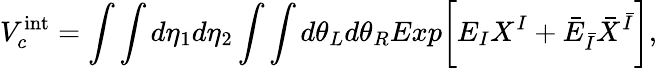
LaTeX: V_{c}^{\mathrm{int}}=\int\int d\eta_{1}d\eta_{2}\int\int d\theta_{L}d\theta_{R}Exp\biggl[E_{I}X^{I}+{\bar{E}}_{\bar{I}}{\bar{X}}^{\bar{I}}\biggr],